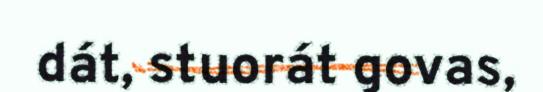
dát, stuorát govas,